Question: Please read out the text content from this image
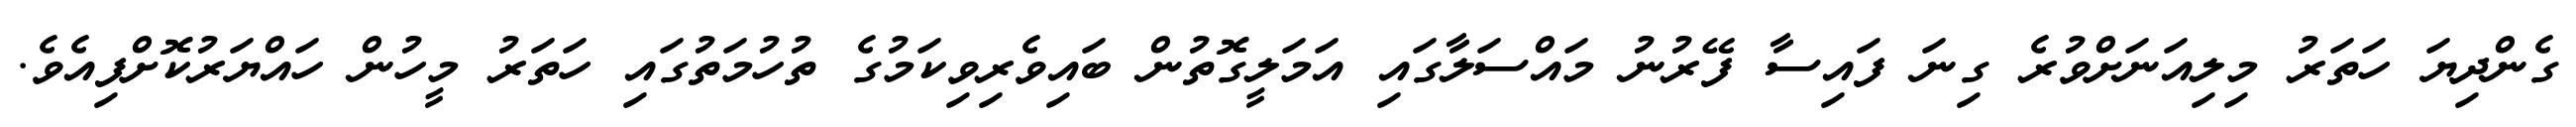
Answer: ގެންދިޔަ ހަތަރު މިލިއަނަށްވުރެ ގިނަ ފައިސާ ފޭރުނު މައްސަލާގައި އަމަލީގޮތުން ބައިވެރިވިކަމުގެ ތުހުމަތުގައި ހަތަރު މީހުން ހައްޔަރުކޮށްފިއެވެ.